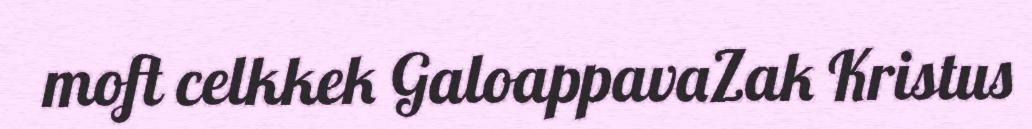
moft celkkek GaloappavaZak Kristus